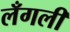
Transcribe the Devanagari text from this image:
लँगली